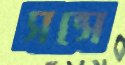
সন্সে